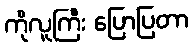
ကိုလူကြီး ပြောပြတာ